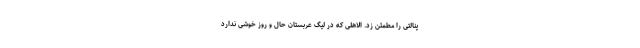
پنالتی را مطمئن زد. الاهلی که در لیگ عربستان حال و روز خوشی ندارد